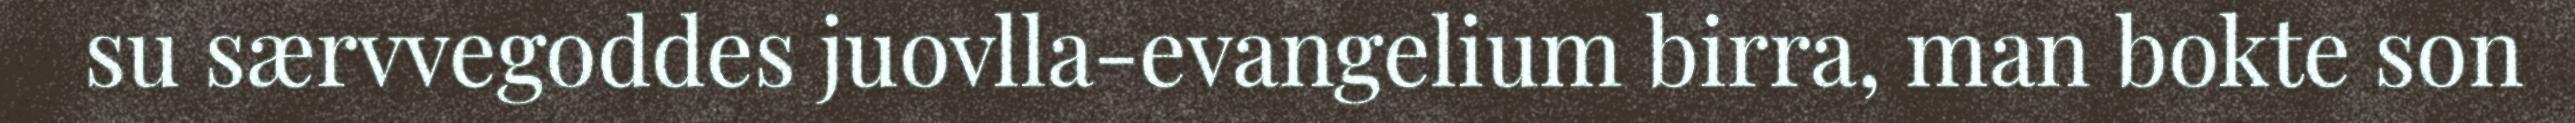
su særvvegoddes juovlla-evangelium birra, man bokte son